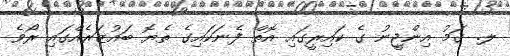
ލ. ގަމު އިންޖީނު ގެ ކައިރީގައި އޮތް ފެނަކައިގެ ތެޔޮ ބައުޒަރެއްގައި ރޯވެ